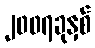
၂၀၀၇ခုနှစ်